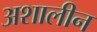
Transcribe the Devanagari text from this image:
अशालीन